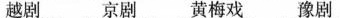
越剧 京剧 黄梅戏 豫剧